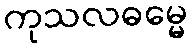
ကုသလဓမ္မေ